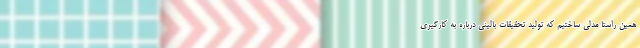
همین راستا مدلی ساختیم که تولید تحقیقات بالینی درباره به کارگیری